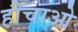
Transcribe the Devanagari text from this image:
हौचाओ